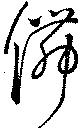
舞